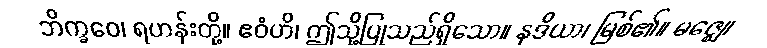
ဘိက္ခဝေ၊ ရဟန်းတို့။ ဧဝံဟိ၊ ဤသို့ပြုသည်ရှိသော။ နဒိယာ၊ မြစ်၏။ မဇ္ဈေ၊